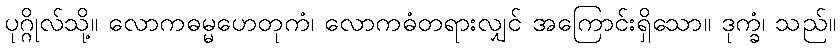
ပုဂ္ဂိုလ်သို့။ လောကဓမ္မဟေတုကံ၊ လောကဓံတရားလျှင် အကြောင်းရှိသော။ ဒုက္ခံ၊ သည်။